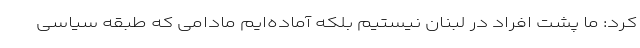
کرد: ما پشت افراد در لبنان نیستیم بلکه آماده‌ایم مادامی که طبقه سیاسی